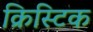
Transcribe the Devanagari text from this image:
क्रिस्टिक